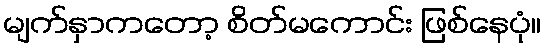
မျက်နှာကတော့ စိတ်မကောင်း ဖြစ်နေပုံ။